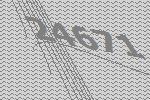
24671